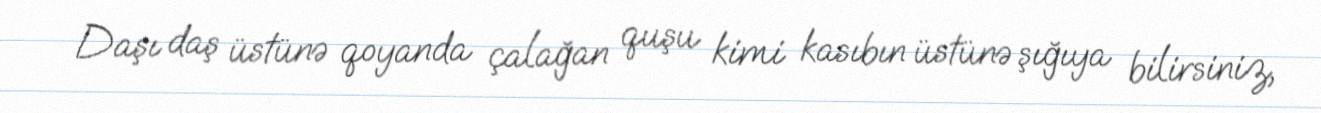
Daşı daş üstünə qoyanda çalağan quşu kimi kasıbın üstünə şığıya bilirsiniz,